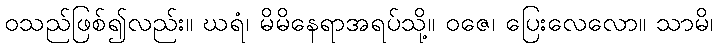
ဝသည်ဖြစ်၍လည်း။ ဃရံ၊ မိမိနေရာအရပ်သို့။ ဝဇေ၊ ပြေးလေလော။ သာမိ၊